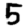
Digit: 5